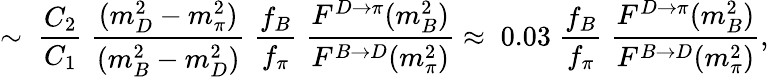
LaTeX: \sim\; \frac{C_{2}}{C_{1}}\; \frac{(m_{D}^{2}-m_{\pi}^{2})}{(m_{B}^{2}-m_{D}^{2})}\; \frac{f_{B}}{f_{\pi}}\; \frac{F^{D\rightarrow\pi}(m_{B}^{2})}{F^{B\rightarrow D}(m_{\pi}^{2})}\approx\; 0.03\; \frac{f_{B}}{f_{\pi}}\; \frac{F^{D\rightarrow\pi}(m_{B}^{2})}{F^{B\rightarrow D}(m_{\pi}^{2})},